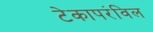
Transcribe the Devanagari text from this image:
टेकापरंविल